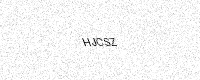
Text: HJCSZ